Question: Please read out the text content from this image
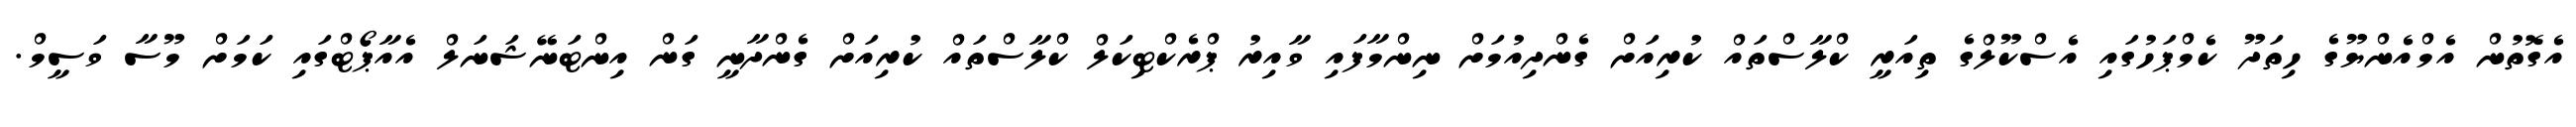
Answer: އެގޮތުން އެމްއެންޔޫގެ ހިތަދޫ ކެމްޕަހުގައި އެސްކޫލްގެ ތިއަރީ ކްލާސްތައް ކުރިއަށް ގެންދިއުމަށް ނިންމާފައި ވާއިރު ޕްރެކްޓިކަލް ކްލާސްތައް ކުރިއަށް ގެންދާނީ ގަން އިންޓަނޭޝަނަލް އެއާޕޯޓްގައި ކަމަށް މޫސާ ވަސީމް.